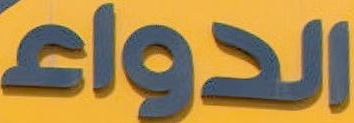
الدواء